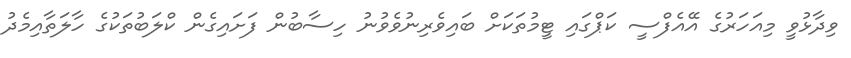
ވިދާޅުވީ މިއަހަރުގެ އޭއެފްސީ ކަޕްގައި ޓީމުތަކަށް ބައިވެރިނުވެވުނު ހިސާބުން ފަށައިގެން ކްލަބުތަކުގެ ހާލަތާއިމެދު